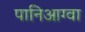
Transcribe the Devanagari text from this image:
पानिआग्वा